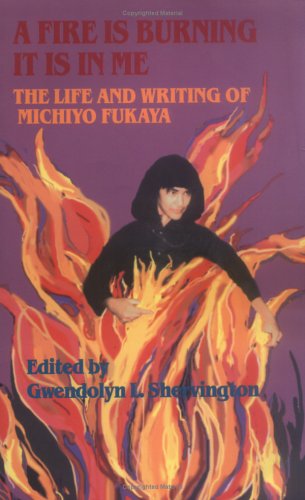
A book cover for A Fire Is Burning It Is in Me: The Life and Writings of Michiyo Fukaya; Michiyo Fukaya; Gay & Lesbian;